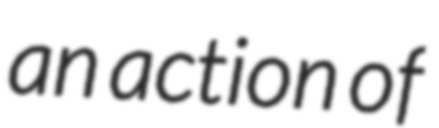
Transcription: an action of